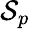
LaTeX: \mathcal{S}_{p}